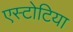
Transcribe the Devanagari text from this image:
एस्टोटिया